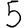
Digit: 5